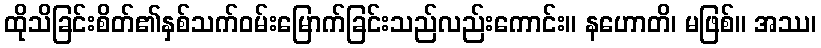
ထိုသိခြင်းစိတ်၏နှစ်သက်ဝမ်းမြောက်ခြင်းသည်လည်းကောင်း။ နဟောတိ၊ မဖြစ်။ အဿ၊